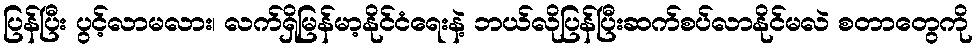
ပြန်ပြီး ပွင့်လာမလား၊ လက်ရှိမြန်မာ့နိုင်ငံရေးနဲ့ ဘယ်လိုပြန်ပြီးဆက်စပ်လာနိုင်မလဲ စတာတွေကို